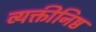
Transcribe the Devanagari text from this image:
व्यक्तीनिष्ठ